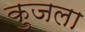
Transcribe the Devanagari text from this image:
कुजला